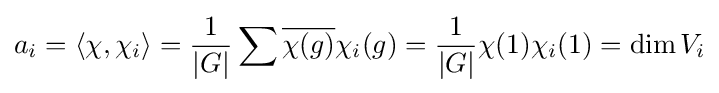
a_{i}=\langle \chi ,\chi _{i}\rangle ={\frac {1}{|G|}}\sum {\overline {\chi (g)}}\chi _{i}(g)={\frac {1}{|G|}}\chi (1)\chi _{i}(1)=\operatorname {dim} V_{i}